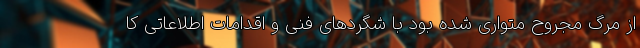
از مرگ مجروح متواری شده بود با شگرد‌های فنی و اقدامات اطلاعاتی کا